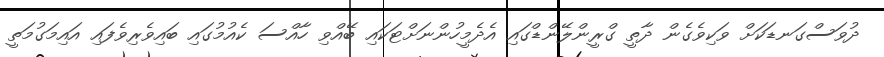
ދުވަސްގަނޑަކަށް ވަކިވެގެން ދާތީ ގްރީންލޭންޑްގައި އެދެމީހުންނަށްޓަކައި ބޭއްވި ހާއްސަ ކެއުމުގައި ބައިވެރިވެފައި އައިމަގުމަތީ